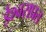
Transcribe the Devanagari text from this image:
ईश्वराप्रत